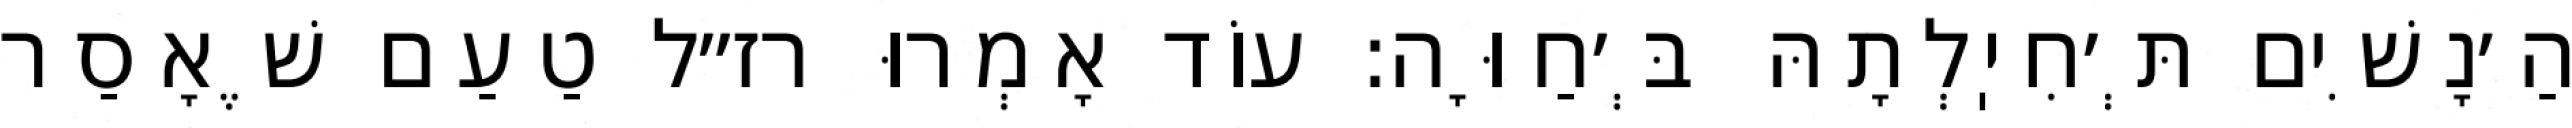
הַ׳נָשִׁים תְּ׳חִיֽלְתָהּ בְּ׳חַוָּה: עוֹד אָמְרוּ רז״ל טַעַם שֶׁאָסַר